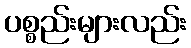
ပစ္စည်းများလည်း